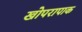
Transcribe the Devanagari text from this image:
खोपरापाक